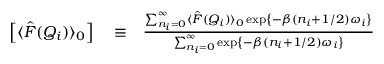
\begin{array} { r l r } { \left[ \langle \hat { F } ( Q _ { i } ) \rangle _ { 0 } \right] } & { { } \equiv } & { \frac { \sum _ { n _ { i } = 0 } ^ { \infty } \langle \hat { F } ( Q _ { i } ) \rangle _ { 0 } \exp \left\{ - \beta ( n _ { i } + 1 / 2 ) \omega _ { i } \right\} } { \sum _ { n _ { i } = 0 } ^ { \infty } \exp \left\{ - \beta ( n _ { i } + 1 / 2 ) \omega _ { i } \right\} } } \end{array}